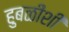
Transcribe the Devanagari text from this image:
हुबळीशी